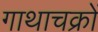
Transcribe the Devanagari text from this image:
गाथाचक्रों